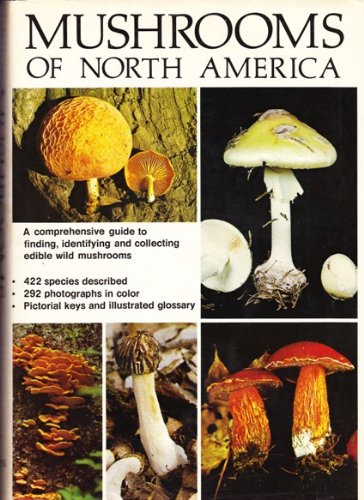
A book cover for Mushrooms of North America; Orson K Miller; Medical Books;